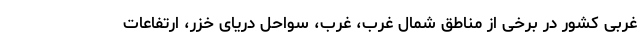
غربی کشور در برخی از مناطق شمال غرب، غرب، سواحل دریای خزر، ارتفاعات